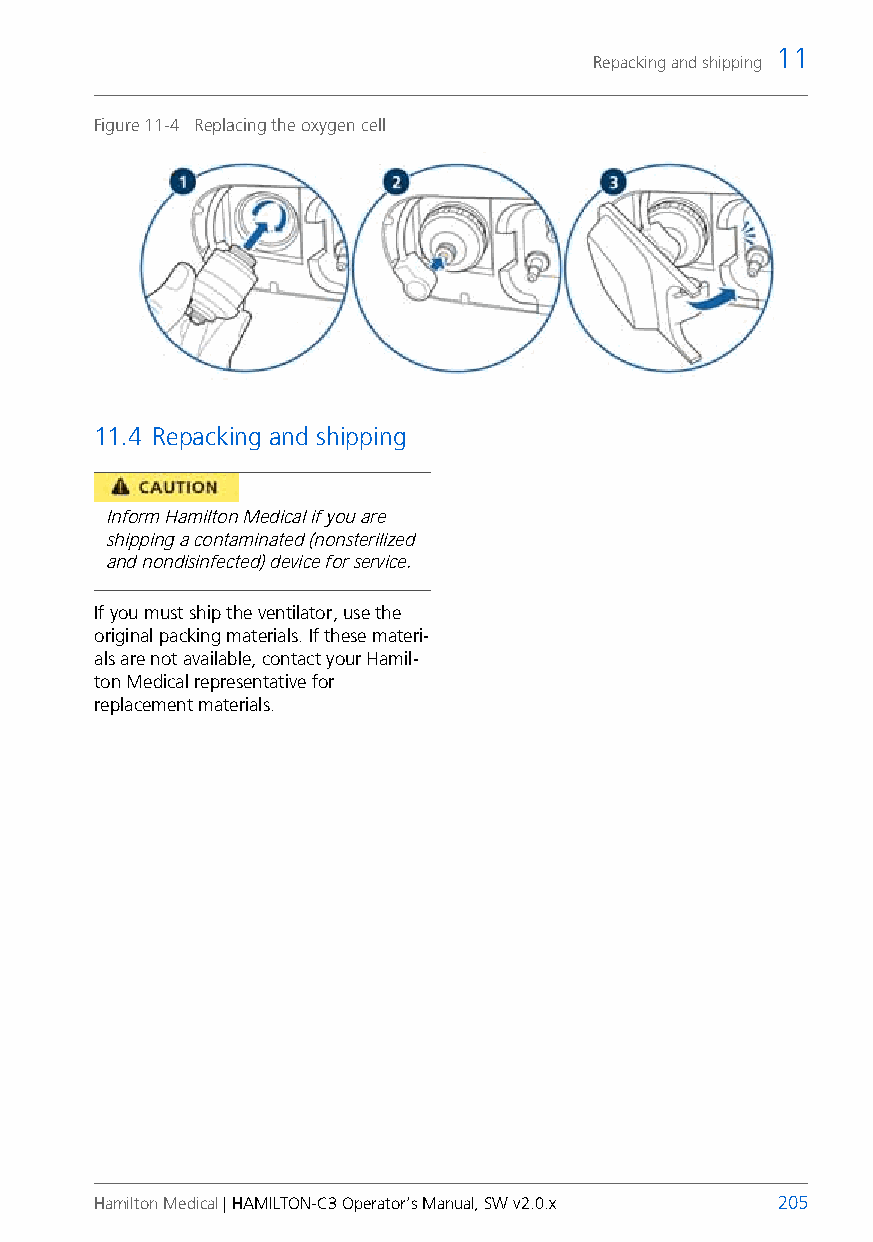
11
 Repacking and shipping
 Figure 11-4 Replacing the oxygen cell
 11.4 Repacking and shipping
 Inform Hamilton Medical if you are
 shipping a contaminated (nonsterilized
 and nondisinfected) device for service.
 If you must ship the ventilator, use the
 original packing materials. If these materi-
 als are not available, contact your Hamil-
 ton Medical representative for
 replacement materials.
 Hamilton Medical | HAMILTON-C3 Operator’s Manual, SW v2.0.x 205